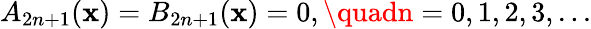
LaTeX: A_{2n+1}(\mathbf{x})=B_{2n+1}(\mathbf{x})=0,\quadn=0,1,2,3,...